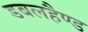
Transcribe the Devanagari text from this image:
डबलहैण्ड